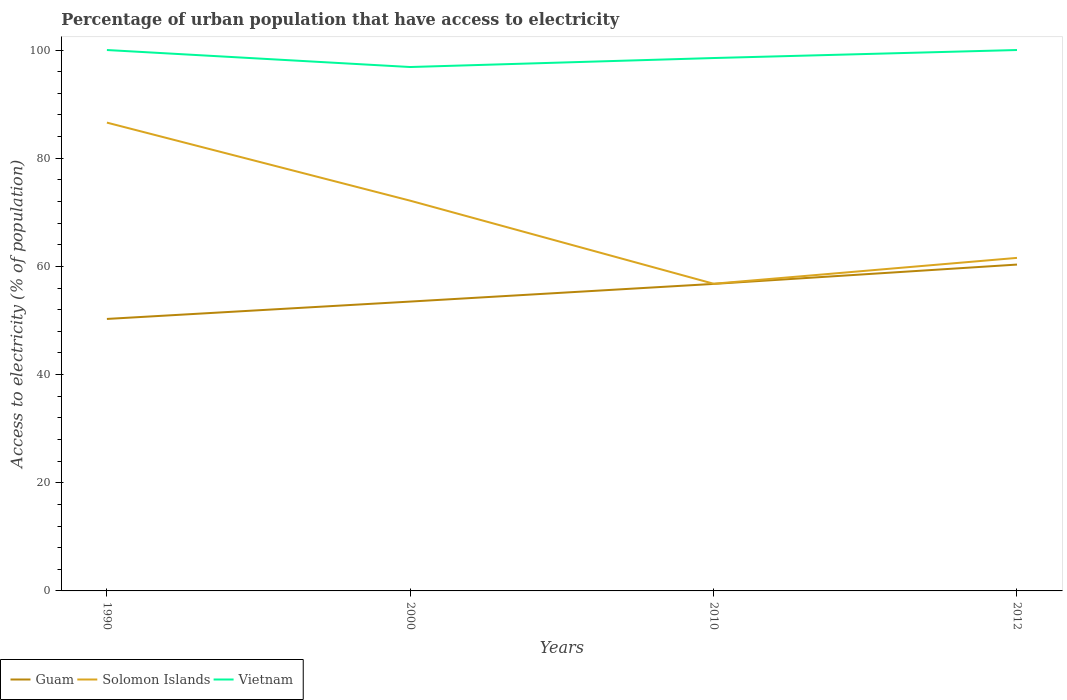
| Years | Guam | Solomon Islands | Vietnam |
 | --- | --- | --- | --- |
 | 1990 | 50.3 | 86.6 | 100 |
 | 2000 | 53.5 | 72.1 | 96.9 |
 | 2010 | 56.8 | 56.8 | 98.5 |
 | 2012 | 60.3 | 61.6 | 100 |